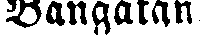
Bangatan